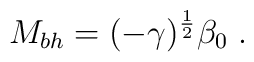
M_{bh} =  (- \gamma)^{\frac{1}{2}} \beta_0 \; .